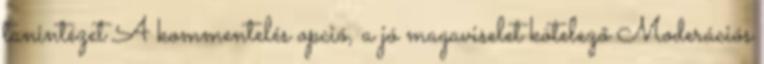
tanintézet A kommentelés opció, a jó magaviselet kötelező Moderációs